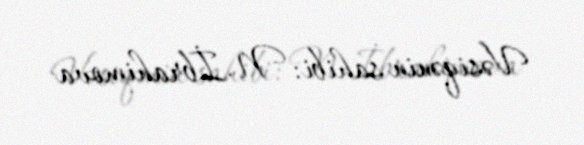
Vəsiqənin sahibi: N. İbrahimova